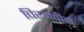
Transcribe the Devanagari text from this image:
चिरनवीन